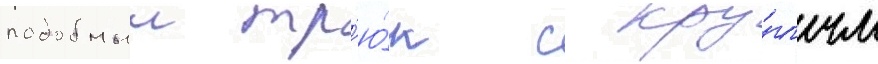
подобныи тр'ю́к с кру́глым